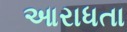
આરાધતા